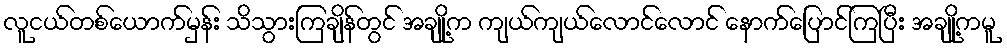
လူငယ်တစ်ယောက်မှန်း သိသွားကြချိန်တွင် အချို့က ကျယ်ကျယ်လောင်လောင် နောက်ပြောင်ကြပြီး အချို့ကမူ